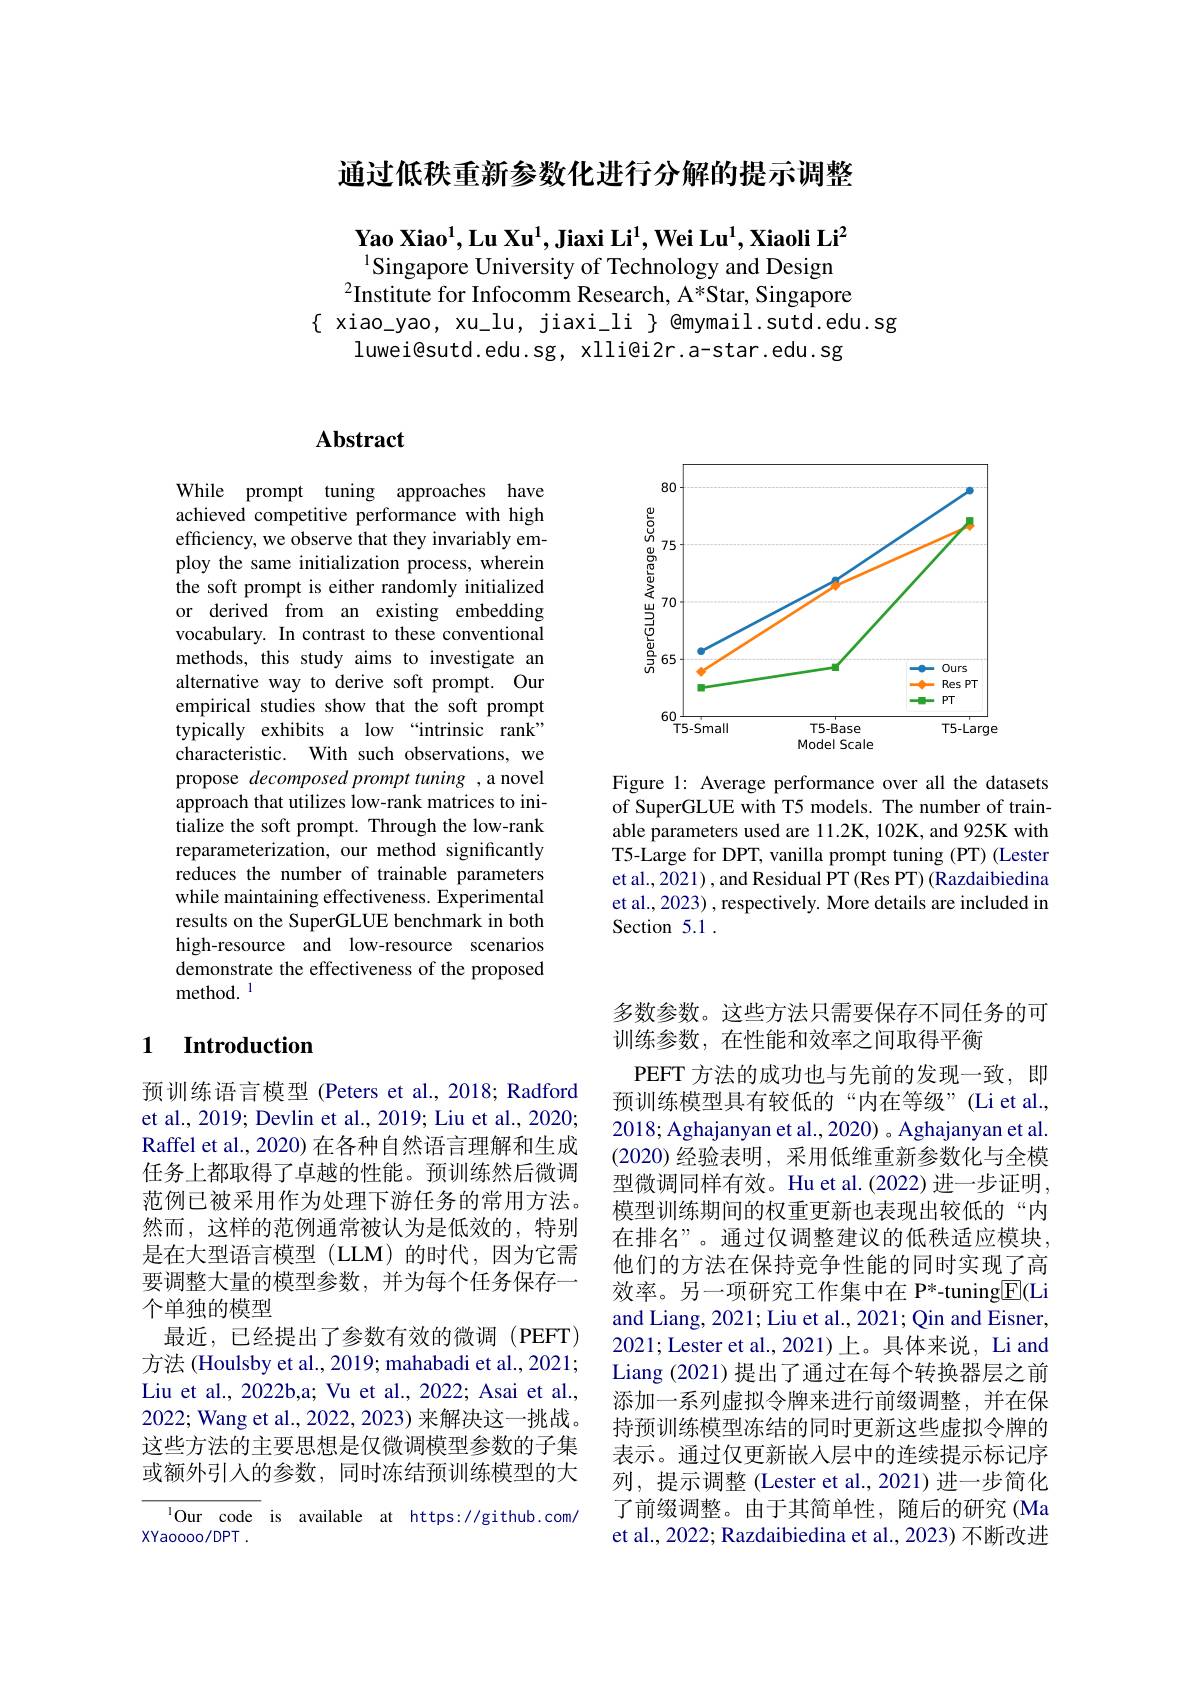
通过低秩重新参数化进行分解的提示调整

$\textbf{Yao Xiao}^1,\textbf{Lu Xu}^1,\textbf{Jiaxi Li}^1,\textbf{Wei Lu}^1,\textbf{Xiaoli Li}^2$ $^{1}$Singapore University of Technology and Design
$^{2}$Institute for Infocomm Research, A*Star, Singapore
$\{$ xiao\_yao, xu\_lu, jiaxi\_li $\}$ @mymail.sutd.edu.sg
luwei@sutd.edu.sg, xlli@i2r.a-star.edu.sg

<FigureHere>

Figure 1: Average performance over all the datasets of SuperGLUE with T5 models. The number of trainable parameters used are 11.2K, 102K, and 925K with T5-Large for DPT, vanilla prompt tuning (PT) (Lester et al., 2021) , and Residual PT (Res PT) (Razdaibiedina et al., 2023) , respectively. More details are included in Section 5.1 .

## $\mathbf{Abstract}$

While prompt tuning approaches have achieved competitive performance with high efficiency, we observe that they invariably employ the same initialization process, wherein the soft prompt is either randomly initialized or derived from an existing embedding vocabulary. In contrast to these conventional methods, this study aims to investigate an alternative way to derive soft prompt. Our empirical studies show that the soft prompt typically exhibits a low “intrinsic rank” characteristic. With such observations, we propose decomposed prompt tuning , a novel approach that utilizes low-rank matrices to initialize the soft prompt. Through the low-rank reparameterization, our method significantly reduces the number of trainable parameters while maintaining effectiveness. Experimental results on the SuperGLUE benchmark in both high-resource and low-resource scenarios demonstrate the effectiveness of the proposed method. 1

### 1 Introduction

预训练语言模型 (Peters et al.,2018; Radford et al., 2019; Devlin et al., 2019; Liu et al., 2020; Raffel et al., 2020) 在各种自然语言理解和生成任务上都取得了卓越的性能。预训练然后微调范例已被采用作为处理下游任务的常用方法。然而，这样的范例通常被认为是低效的，特别是在大型语言模型(LLM)的时代，因为它需要调整大量的模型参数，并为每个任务保存一个单独的模型
最近，已经提出了参数有效的微调(PEFT) 方法 (Houlsby et al., 2019; mahabadi et al., 2021; Liu et al., 2022b,a; Vu et al., 2022; Asai et al., 2022; Wang et al., 2022, 2023) 来解决这一挑战。这些方法的主要思想是仅微调模型参数的子集或额外引人的参数，同时冻结预训练模型的大
$^{1}$Our code is available at https://github.com/

XYaoooo/DPT .

多数参数。这些方法只需要保存不同任务的可
训练参数，在性能和效率之间取得平衡

PEFT 方法的成功也与先前的发现一致，即预训练模型具有较低的“内在等级”(Li et al., 2018; Aghajanyan et al., 2020) 。Aghajanyan et al. (2020)经验表明，采用低维重新参数化与全模型微调同样有效。Hu et al.(2022)进一步证明， 模型训练期间的权重更新也表现出较低的“内在排名”。通过仅调整建议的低秩适应模块， 他们的方法在保持竞争性能的同时实现了高效率。另一项研究工作集中在 P*-tuning$\underline{\mathrm{E}}($Li and Liang, 2021; Liu et al., 2021; Qin and Eisner, 2021; Lester et al., 2021) 上。具体来说，Li and Liang (2021)提出了通过在每个转换器层之前添加一系列虚拟令牌来进行前缀调整，并在保持预训练模型冻结的同时更新这些虚拟令牌的表示。通过仅更新嵌入层中的连续提示标记序列，提示调整(Lester et al.,2021)进一步简化了前缀调整。由于其简单性，随后的研究(Ma et al., 2022; Razdaibiedina et al., 2023) 不断改进